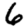
Digit: 6